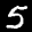
Label: 5